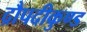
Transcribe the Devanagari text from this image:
द्रौपदीकुण्ड